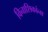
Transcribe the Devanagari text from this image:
विनाशिकांना